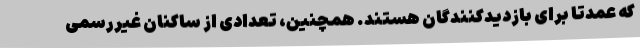
که عمدتا برای بازدیدکنندگان هستند. همچنین، تعدادی از ساکنان غیررسمی